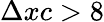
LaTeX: \Delta xc>8